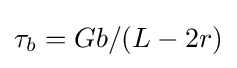
\tau _{b}=Gb/(L-2r)